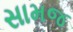
સામજ